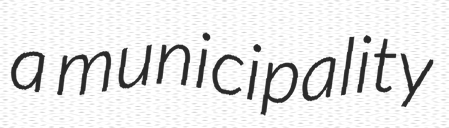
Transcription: a municipality